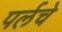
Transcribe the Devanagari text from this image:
पर्लचे